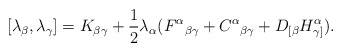
\begin{align*}[\lambda_\beta, \lambda_\gamma] = K_{\beta\gamma}+ \frac 12 \lambda_\alpha (F^\alpha{}_{\beta \gamma} +C^\alpha{}_{\beta \gamma} + D_{[\beta} H^\alpha_{\gamma]}). \end{align*}